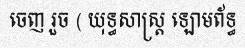
ចេញ រួច ( យុទ្ធសាស្ត្រ ឡោមព័ទ្ធ